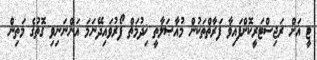
ޓީ އަށް ރަޖިސްޓަރީކޮށްފައިވާ ފަރާތްތަކުން މުއާޞަލާތީ ޚިދުމަތް ފޯރުވައިދޭނަމަ އަންނަނިވި ގޮތުގެ މަތިން